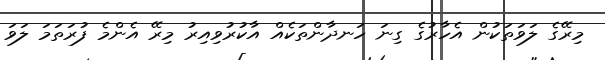
މިރޭގެ ލަވަތަކުން އެހާރުގެ ގިނަ ހަނދާންތަކެއް އާކުރުވިއިރު މިރޭ އެންމެ ފުރަތަމަ ލަވަ